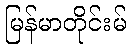
မြန်မာတိုင်းမ်